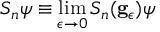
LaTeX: S _ { n } \psi \equiv \operatorname * { l i m } _ { \epsilon \rightarrow 0 } S _ { n } ( \mathbf { g } _ { \epsilon } ) \psi